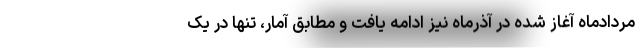
مردادماه آغاز شده در آذرماه نیز ادامه یافت و مطابق آمار، تنها در یک